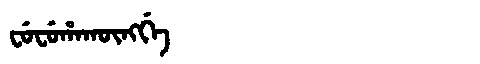
Manchu: ᠸᡠᠸᡠᡥᠠᡴᡡᠩᡤᡝ
Romanization: FUFUHAKŪNGGE